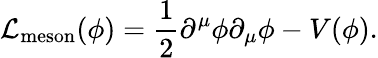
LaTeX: {\mathcal{L}}_{\mathrm{meson}}(\phi)={\frac{1}{2}}\partial^{\mu}\phi\partial_{\mu}\phi-V(\phi).